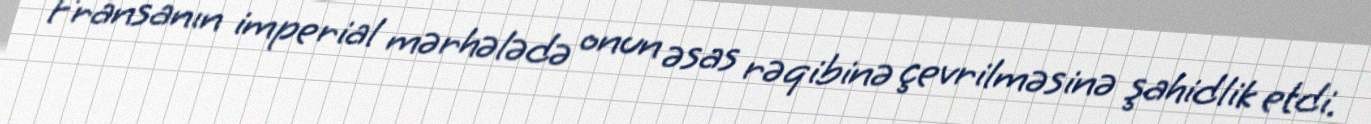
Fransanın imperial mərhələdə onun əsas rəqibinə çevrilməsinə şahidlik etdi.